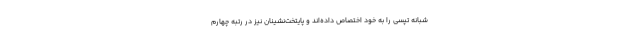
شبانه تپسی را به خود اختصاص داده‌اند و پایتخت‌نشینان نیز در رتبه چهارم